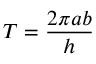
T = { \frac { 2 \pi a b } { h } }